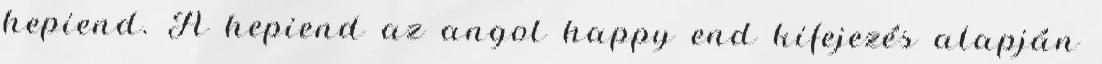
hepiend. A hepiend az angol happy end kifejezés alapján